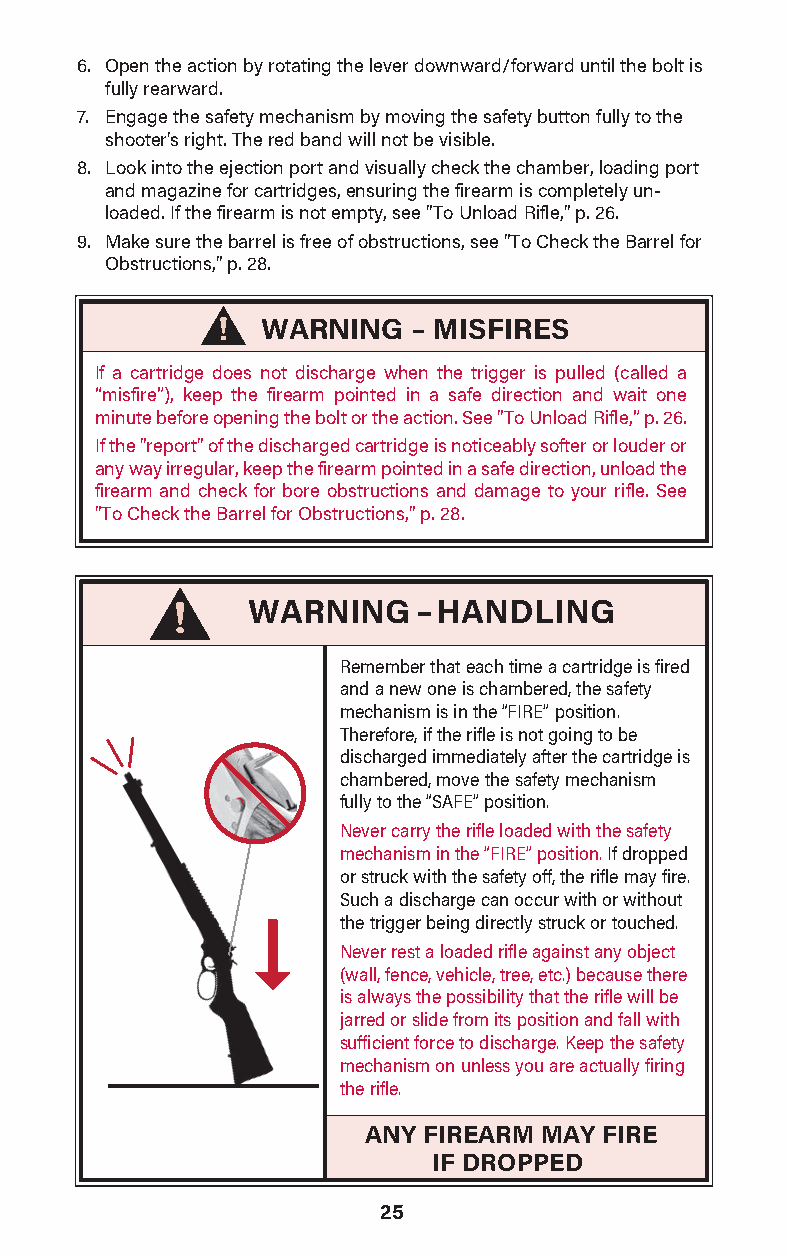
6. Open the action by rotating the lever downward/forward until the bolt is
 fully rearward.
 7. Engage the safety mechanism by moving the safety button fully to the
 shooter's right. The red band will not be visible.
 8. Look into the ejection port and visu ally check the chamber, loading port
 and magazine for cartridges, ensuring the firearm is completely un-
 loaded. If the firearm is not empty, see "To Unload Rifle," p. 26.
 9. Make sure the barrel is free of obstructions, see "To Check the Barrel for
 Obstructions," p. 28.
 WARNING   – MISFIRES
 If a cartridge does not disc harge when the trigger is pulled (called a
 “misf ire”), keep the firearm pointed in a safe direction and wait one
 minute before opening the bolt or the action. See "To Unload Rifle,” p. 26.
 If the "report" of the discharged cartridge is noticeably softer or louder or
 any way irregular, keep the firearm point ed in a safe direction, unload the
 firearm and check for bore obstructions and damage to your rifle. See
 "To Check the Barrel for Obstructions," p. 28.
 WARNING–HANDLING
 Remember that each time a cartridge is fired
 and a new one is chambered, the safety
 mechanism is in the “FIRE” position.
 Therefore, if the rifle is not going to be
 discharged immediately after the cartridge is
 chambered, move the safety mechanism
 fully to the “SAFE” position.
 Never carry the rifle loaded with the safety
 mechanism in the “FIRE” position. If dropped
 or struck with the safety off, the rifle may fire.
 Such a discharge can occur with or without
 the trigger being directly struck or touched.
 Never rest a loaded rifle against any object
 (wall, fence, vehicle, tree, etc.) because there
 is always the possibility that the rifle will be
 jarred or slide from its position and fall with
 sufficient force to discharge. Keep the safety
 mechanism on unless you are actually firing
 the rifle.
 ANY FIREARM MAY FIRE
 IF DROPPED
 25